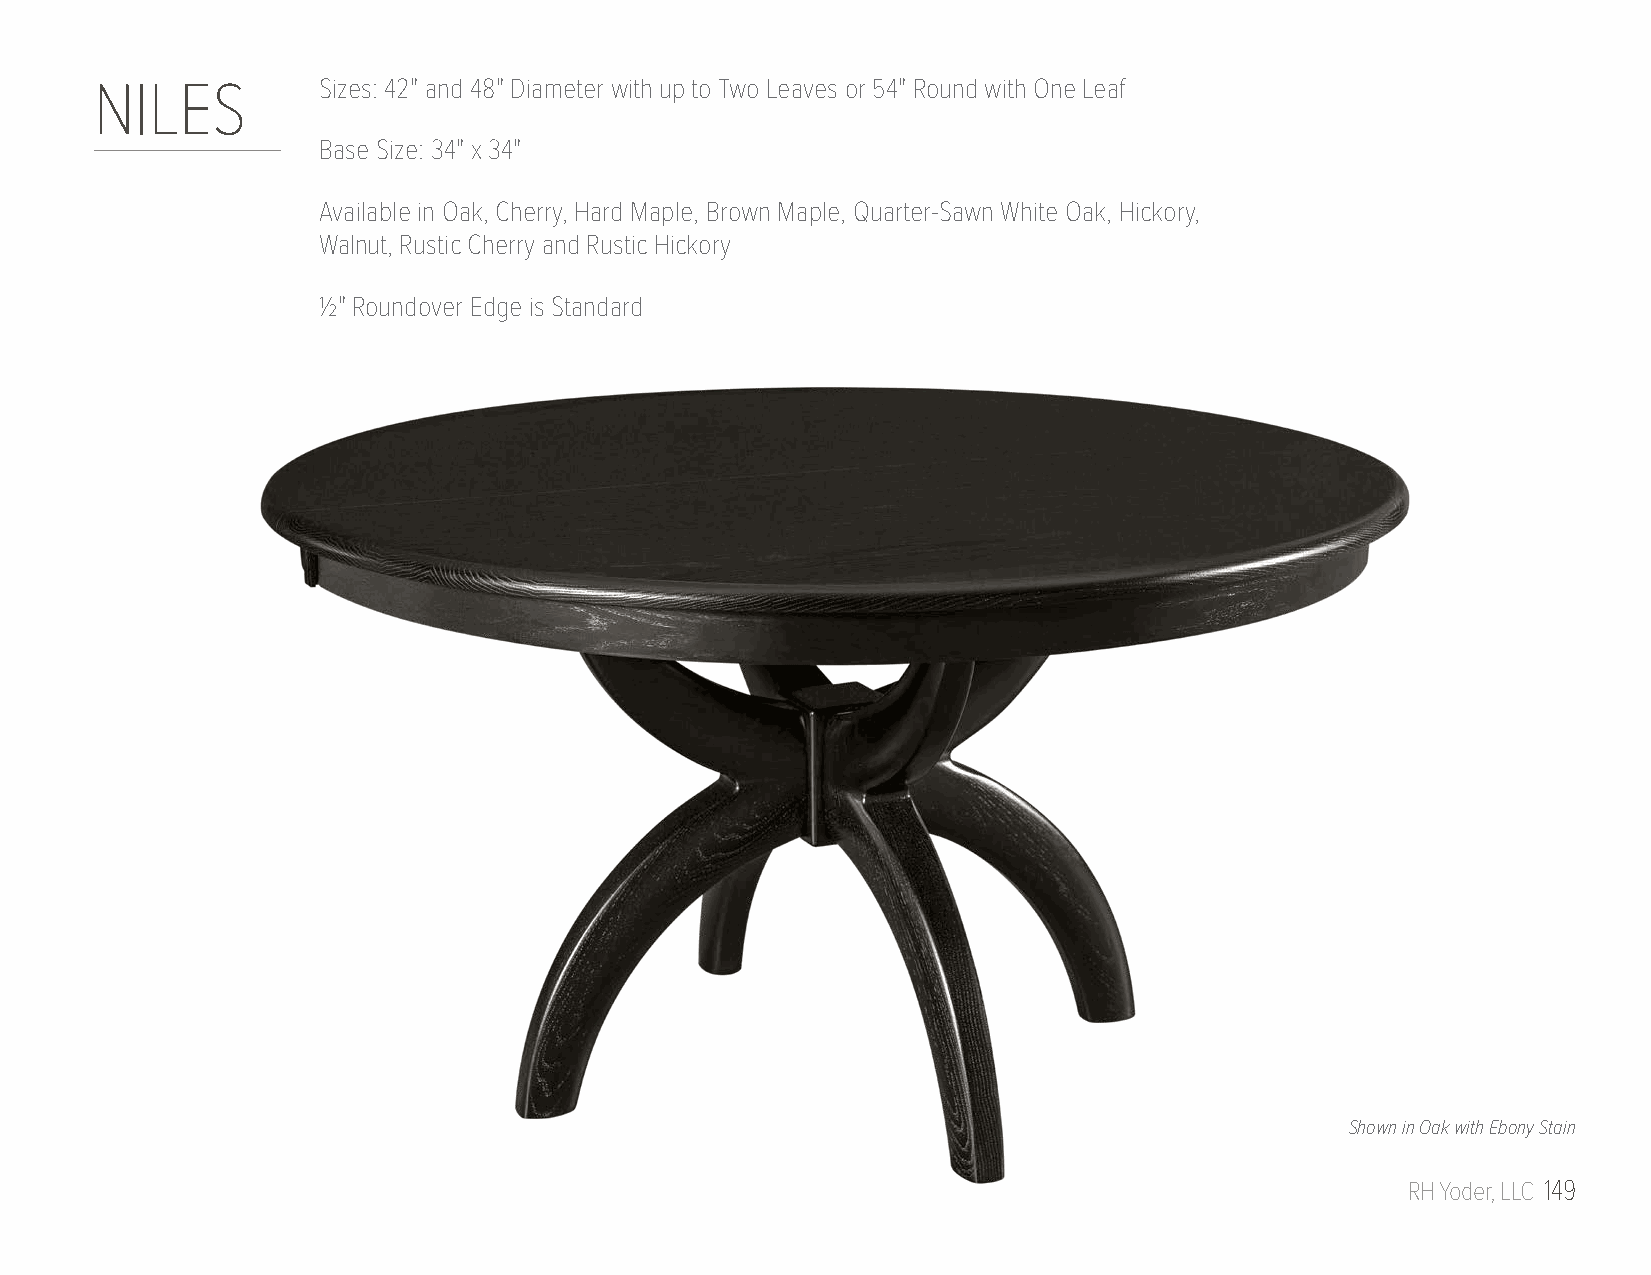
NILES          Sizes: 42" and 48" Diameter with up to Two Leaves or 54" Round with One Leaf
 Base Size: 34" x 34"
 Available in Oak, Cherry, Hard Maple, Brown Maple, Quarter-Sawn White Oak, Hickory,
 Walnut, Rustic Cherry and Rustic Hickory
 1/2" Roundover Edge is Standard
 Shown in Oak with Ebony Stain
 RH Yoder, LLC 149